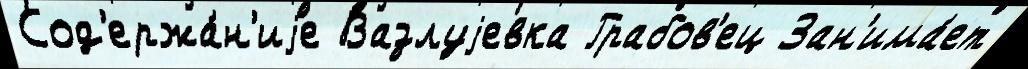
Сод'ержа́н'иjе Вазлуjевка Грабов'ец Зан'има́ет